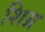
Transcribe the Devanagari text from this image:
शिग्र